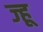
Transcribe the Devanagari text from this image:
ज्हू